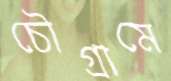
চৌগ্রামে